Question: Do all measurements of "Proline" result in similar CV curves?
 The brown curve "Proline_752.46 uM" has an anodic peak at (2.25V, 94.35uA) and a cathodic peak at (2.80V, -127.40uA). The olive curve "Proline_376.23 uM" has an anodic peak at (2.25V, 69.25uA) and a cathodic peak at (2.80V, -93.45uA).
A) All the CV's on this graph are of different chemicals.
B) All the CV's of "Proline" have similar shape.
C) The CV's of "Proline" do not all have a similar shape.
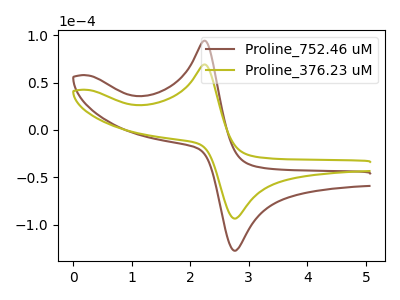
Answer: <think>All the peaks in "Proline_752.46 uM" have a peak in "Proline_376.23 uM" at the same potential. Every peak in "Proline_752.46 uM" is higher than every peak in "Proline_376.23 uM".
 </think>
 <answer>B) All the CV's of "Proline" have similar shape.</answer>
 <eval>B</eval>